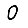
Digit: 0